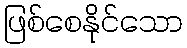
ဖြစ်စေနိုင်သော